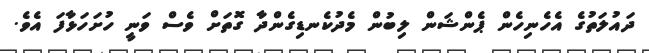
ދައުލަތުގެ އެހެނިހެން ޕެންޝަން ލިބުން މެދުކެނޑިގެންދާ ގޮތަށް ވެސް ވަނީ ހުށަހަޅާފަ އެވެ.